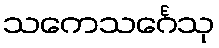
သကေသင်္ဂေသု